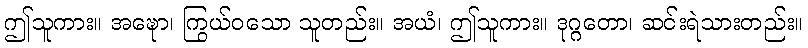
ဤသူကား။ အဍ္ဎော၊ ကြွယ်ဝသော သူတည်း။ အယံ၊ ဤသူကား။ ဒုဂ္ဂတော၊ ဆင်းရဲသားတည်း။